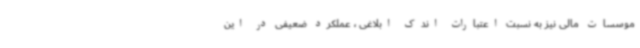
موسسات مالی نیز به نسبت اعتبارات اندک ابلاغی ، عملکرد ضعیفی در این